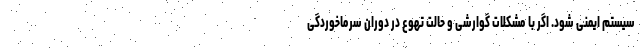
سیستم ایمنی شود. اگر با مشکلات گوارشی و حالت تهوع در دوران سرماخوردگی